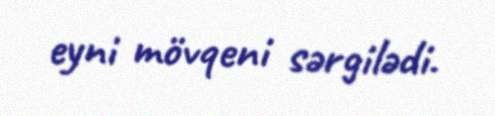
eyni mövqeni sərgilədi.